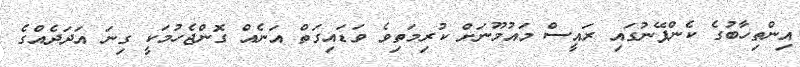
އިންތިހާބުގެ ކެންޕޭނުގައި ރައީސް މައުމޫނަށް ކުރިމަތިވެ ވަޑައިގަތް އަނެއް ގޮންޖެހުމަކީ ގިނަ އަދަދެއްގެ